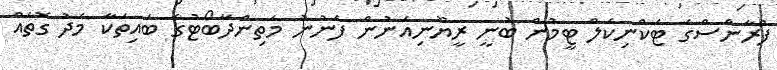
ފްރާންސްގެ ޓެކްނިކަލް ޓީމުން ބުނީ ރީޔޫނިއަނުން ފެނުނު މަތިންދާބޯޓުގެ ބައިތަކާ މެދު ގޮތެއް